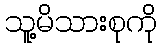
သူ့မိသားစုကို